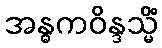
အန္ဓကဝိန္ဒသ္မိံ